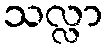
သလ္လာ